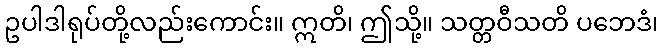
ဥပါဒါရုပ်တို့လည်းကောင်း။ ဣတိ၊ ဤသို့။ သတ္တဝီသတိ ပဘေဒံ၊